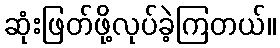
ဆုံးဖြတ်ဖို့လုပ်ခဲ့ကြတယ်။